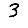
Digit: 3